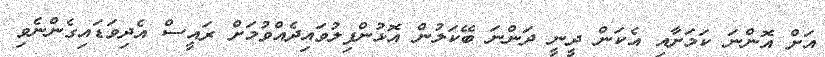
އަށް އޮންނަ ކަމަށާއި އެކަން ދީނީ ދަންނަ ބޭކަލުން އޮޅުންފިލުވައިދެއްވުމަށް ރައީސް އެދިވަޑައިގެންނެވި